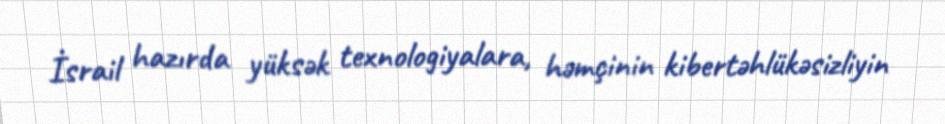
İsrail hazırda yüksək texnologiyalara, həmçinin kibertəhlükəsizliyin